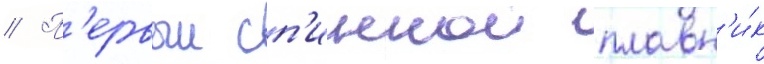
// П'ервыи сп'иннои плавн'и́к